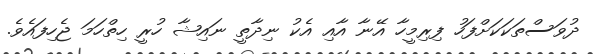
ދުވަސްތަކަކަށްފަހު ފިރިމީހާ އޭނާ އާއި އެކު ނިދާތީ ނައިޝާ ހުރީ ހިތްހަމަ ޖެހިފައެވެ.